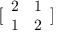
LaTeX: { \bigl [ } { \begin{array} { l l } { 2 } & { 1 } \\ { 1 } & { 2 } \end{array} } { \bigr ] }